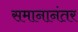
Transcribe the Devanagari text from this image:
समानानंतर